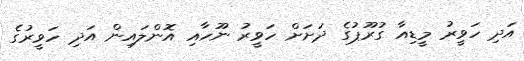
އަދި ހަވީރު މީޑިއާ ގުރޫޕުގެ ދަށަށް ހަވީރު ނޫހާއި އޮންލައިން އަދި ހަވީރުގެ